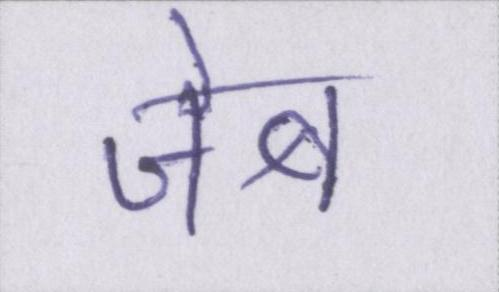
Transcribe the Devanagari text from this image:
जेब